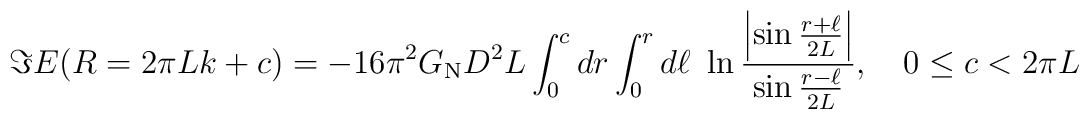
\Im E(R=2\pi Lk+c)=-16\pi^2G_{\rm N}D^2L\int_0^c dr \int_0^r d\ell\ \ln{\Bigl|\sin{r+\ell\over 2L}\Bigr|\over \sin{r-\ell\over 2L}}, \quad0\le c<2\pi L